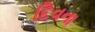
દિવના